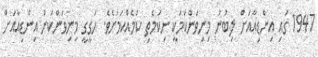
1947 ގައި އިންޑިއާއަށް ލިބުނު މިނިވަންކަމަކީ ނިކަމެތި ކަމެއްކަމަށެވެ. ހަގީގީ މިނިވަންކަން އިންޑިއާއަށް